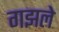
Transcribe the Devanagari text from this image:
गझले